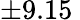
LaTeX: \pm 9.15\